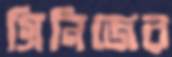
গ্রিনিজের